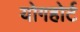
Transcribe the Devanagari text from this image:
योगहोर्ट